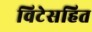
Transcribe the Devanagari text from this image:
विटेसहित